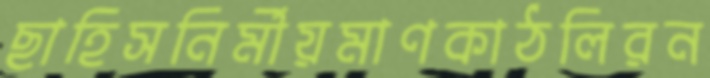
ছাহিসনির্মীয়মাণকাঠলিরন